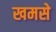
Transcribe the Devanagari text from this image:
खमसे